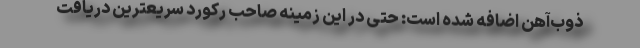
ذوب‌آهن اضافه شده است: حتی در این زمینه صاحب رکورد سریعترین دریافت